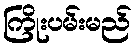
ကြိုးပမ်းမည်